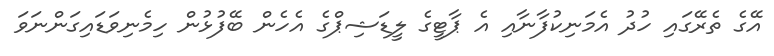
އޭގެ ތެރޭގައި ހުދު އެމަނިކުފާނާއި އެ ޕާޓީގެ ލީޑަޝިޕްގެ އެހެން ބޭފުޅުން ހިމެނިވަޑައިގަންނަވަ